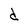
Character: d